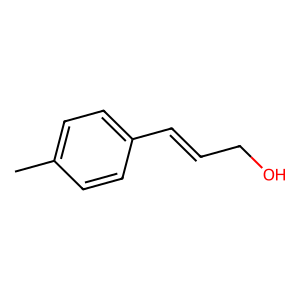
SMILES: Cc1ccc(C=CCO)cc1
Inhibits HIV replication: No